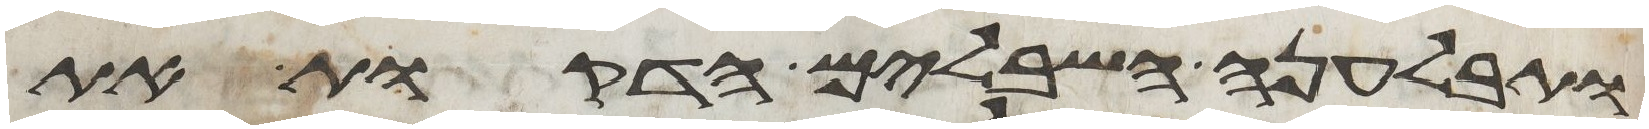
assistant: ותבלענה השבלים הדקות את